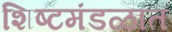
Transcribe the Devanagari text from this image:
शिष्टमंडळात